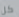
كل